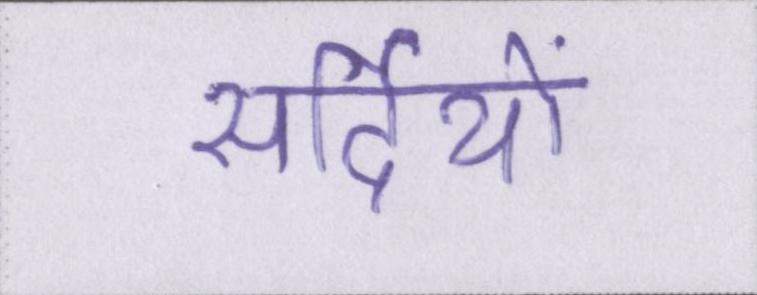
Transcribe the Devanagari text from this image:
सर्दियों